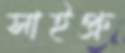
সাইপ্রু